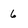
Character: 6